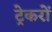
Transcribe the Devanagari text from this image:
ट्रेकरों